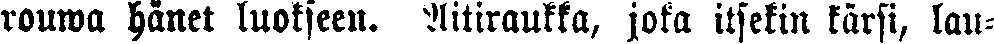
rouwa hänet luokseen. Äitiraukka, joka itsekin kärsi, lau-